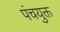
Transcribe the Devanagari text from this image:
पंचयुक्त